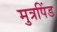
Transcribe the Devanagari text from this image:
मुत्रपिंड